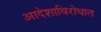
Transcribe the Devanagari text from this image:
आदेशाविरोधात